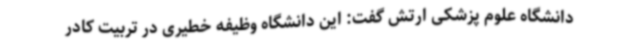
دانشگاه علوم پزشکی ارتش گفت: این دانشگاه وظیفه خطیری در تربیت کادر